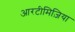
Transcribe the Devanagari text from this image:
आरटीमिज़िया